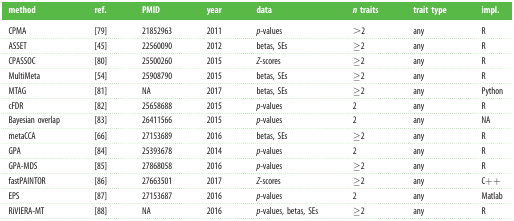
<table><thead><tr><td><b>method</b></td><td><b>ref.</b></td><td><b>PMID</b></td><td><b>year</b></td><td><b>data</b></td><td><b><i>n</i> traits</b></td><td><b>trait type</b></td><td><b>impl.</b></td></tr></thead><tbody><tr><td>CPMA</td><td>[79]</td><td>21852963</td><td>2011</td><td><i>p</i>-values</td><td>&gt;2</td><td>any</td><td>R</td></tr><tr><td>ASSET</td><td>[45]</td><td>22560090</td><td>2012</td><td>betas, SEs</td><td>≥2</td><td>any</td><td>R</td></tr><tr><td>CPASSOC</td><td>[80]</td><td>25500260</td><td>2015</td><td><i>Z</i>-scores</td><td>≥2</td><td>any</td><td>R</td></tr><tr><td>MultiMeta</td><td>[54]</td><td>25908790</td><td>2015</td><td>betas, SEs</td><td>≥2</td><td>any</td><td>R</td></tr><tr><td>MTAG</td><td>[81]</td><td>NA</td><td>2017</td><td>betas, SEs</td><td>≥2</td><td>any</td><td>Python</td></tr><tr><td>cFDR</td><td>[82]</td><td>25658688</td><td>2015</td><td><i>p</i>-values</td><td>2</td><td>any</td><td>R</td></tr><tr><td>Bayesian overlap</td><td>[83]</td><td>26411566</td><td>2015</td><td><i>p</i>-values</td><td>2</td><td>any</td><td>NA</td></tr><tr><td>metaCCA</td><td>[66]</td><td>27153689</td><td>2016</td><td>betas, SEs</td><td>≥2</td><td>any</td><td>R</td></tr><tr><td>GPA</td><td>[84]</td><td>25393678</td><td>2014</td><td><i>p</i>-values</td><td>2</td><td>any</td><td>R</td></tr><tr><td>GPA-MDS</td><td>[85]</td><td>27868058</td><td>2016</td><td><i>p</i>-values</td><td>≥2</td><td>any</td><td>R</td></tr><tr><td>fastPAINTOR</td><td>[86]</td><td>27663501</td><td>2017</td><td><i>Z</i>-scores</td><td>≥2</td><td>any</td><td>C++</td></tr><tr><td>EPS</td><td>[87]</td><td>27153687</td><td>2016</td><td><i>p</i>-values</td><td>2</td><td>any</td><td>Matlab</td></tr><tr><td>RiVIERA-MT</td><td>[88]</td><td>NA</td><td>2016</td><td><i>p</i>-values, betas, SEs</td><td>≥2</td><td>any</td><td>R</td></tr></tbody></table>